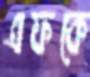
এফকে